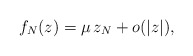
\begin{align*}f_N(z) = \mu\, z_N + o(|z|),\end{align*}